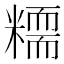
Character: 糥